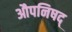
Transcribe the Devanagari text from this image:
औपनिषद्